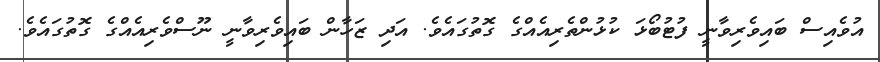
އުވެއިސް ބައިވެރިވާނީ ފުޓުބޯޅަ ކުޅުންތެރިއެއްގެ ގޮތުގައެވެ. އަދި ޒަހާން ބައިވެރިވާނީ ނޫސްވެރިއެއްގެ ގޮތުގައެވެ.